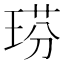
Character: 𤦈